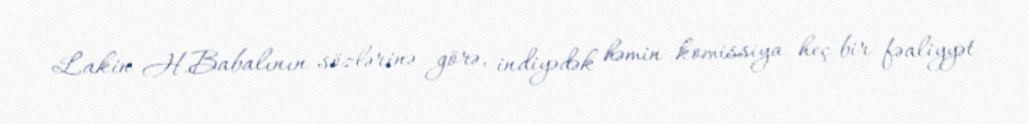
Lakin H.Babalının sözlərinə görə, indiyədək həmin komissiya heç bir fəaliyyət